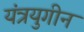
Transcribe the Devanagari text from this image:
यंत्रयुगीन